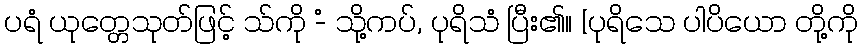
ပရံ ယုတ္တေသုတ်ဖြင့် သ်ကို -ံ သို့ကပ်, ပုရိသံ ပြီး၏။ [ပုရိသေ ပါပိယော တို့ကို